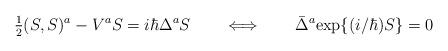
LaTeX: \begin{align*}\hbox{$\frac{1}{2}$} (S,S)^a - V^a S = i \hbar \Delta^a S\qquad\Longleftrightarrow\qquad\bar{\Delta}^a {\rm exp}\{ (i/\hbar) S \} = 0\end{align*}